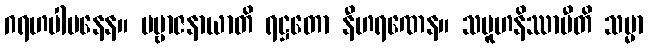
ဂရဟပါပနေန။ ပဗ္ဗာဇနာယာတိ ရဋ္ဌတော နီဟရဏေန။ သမူဟနိဿာမီတိ သမ္မာ